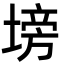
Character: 塝